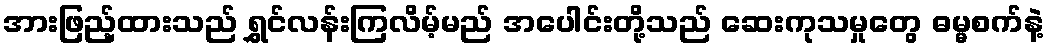
အားဖြည့်ထားသည် ရွှင်လန်းကြလိမ့်မည် အပေါင်းတို့သည် ဆေးကုသမှုတွေ ဓမ္မစက်နဲ့